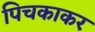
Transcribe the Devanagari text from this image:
पिचकाकर